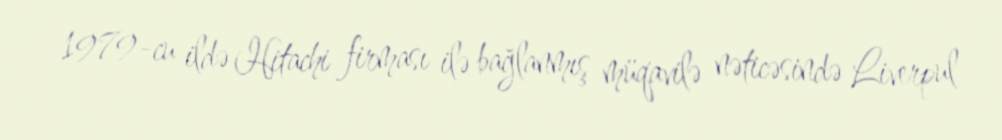
1979-cu ildə Hitachi firması ilə bağlanmış müqavilə nəticəsində Liverpul